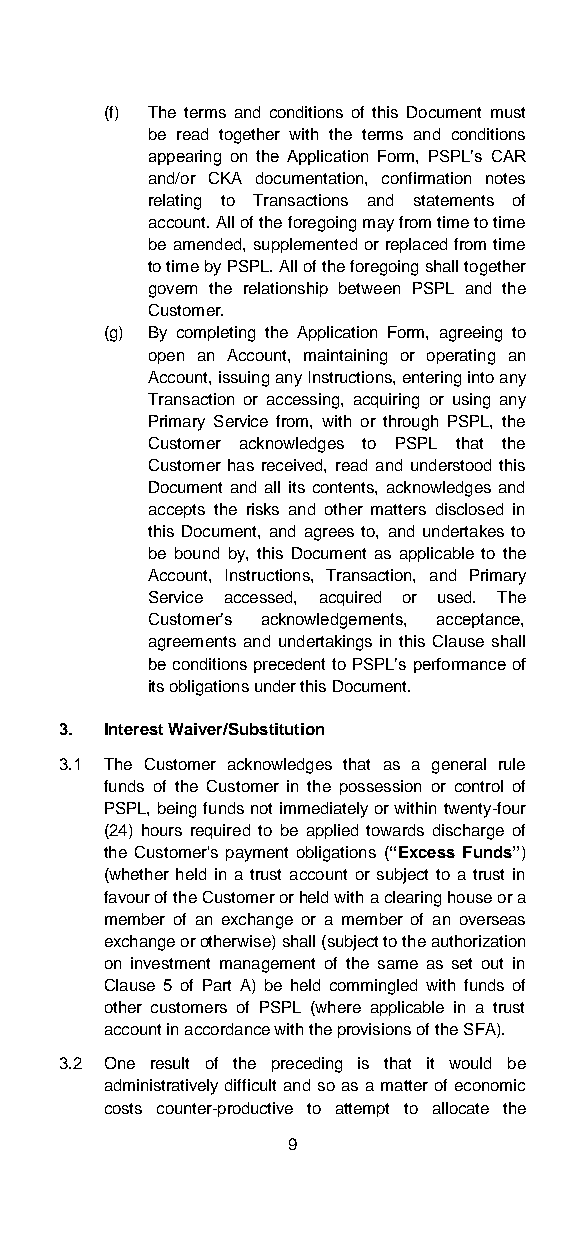
(f) The terms and conditions of this Document must
 be read together with the terms and conditions
 appearing on the Application Form, PSPL’s CAR
 and/or CKA documentation, confirmation notes
 relating to Transactions and statements of
 account. All of the foregoing may from time to time
 be amended, supplemented or replaced from time
 to time by PSPL. All of the foregoing shall together
 govern the relationship between PSPL and the
 Customer.
 (g) By completing the Application Form, agreeing to
 open an Account, maintaining or operating an
 Account, issuing any Instructions, entering into any
 Transaction or accessing, acquiring or using any
 Primary Service from, with or through PSPL, the
 Customer acknowledges to PSPL that the
 Customer has received, read and understood this
 Document and all its contents, acknowledges and
 accepts the risks and other matters disclosed in
 this Document, and agrees to, and undertakes to
 be bound by, this Document as applicable to the
 Account, Instructions, Transaction, and Primary
 Service accessed, acquired or used. The
 Customer’s acknowledgements, acceptance,
 agreements and undertakings in this Clause shall
 be conditions precedent to PSPL’s performance of
 its obligations under this Document.
 3. Interest Waiver/Substitution
 3.1 The Customer acknowledges that as a general rule
 funds of the Customer in the possession or control of
 PSPL, being funds not immediately or within twenty-four
 (24) hours required to be applied towards discharge of
 the Customer's payment obligations (“Excess Funds”)
 (whether held in a trust account or subject to a trust in
 favour of the Customer or held with a clearing house or a
 member of an exchange or a member of an overseas
 exchange or otherwise) shall (subject to the authorization
 on investment management of the same as set out in
 Clause 5 of Part A) be held commingled with funds of
 other customers of PSPL (where applicable in a trust
 account in accordance with the provisions of the SFA).
 3.2 One result of the preceding is that it would be
 administratively difficult and so as a matter of economic
 costs counter-productive to attempt to allocate the
 9